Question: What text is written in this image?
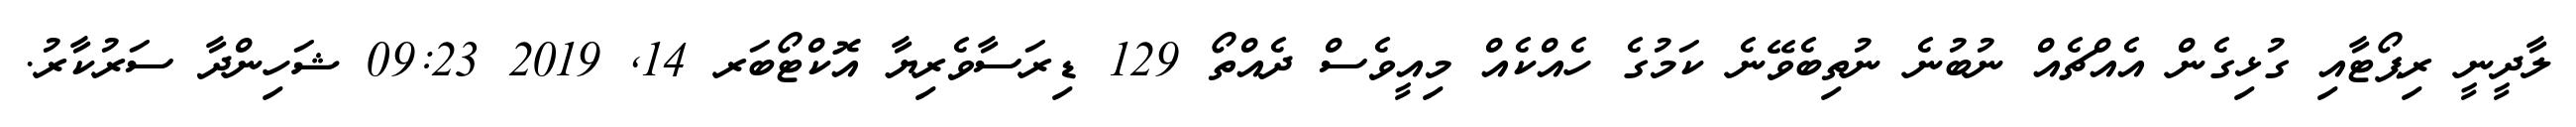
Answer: ލާދީނީ ރިޕޯޓާއި ގުޅިގެން އެއްޗެއް ނުބުނެ ނުތިބެވޭނެ ކަމުގެ ހެއްކެއް މިއީވެސް ދެއްތޯ 129 ޑިރަސާވެރިޔާ އޮކްޓޯބަރ 14, 2019 09:23 ޝަހިންދާ ސަރުކާރު.